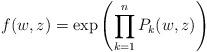
LaTeX: \begin{align*} f(w,z)=\exp\left(\prod_{k=1}^nP_k(w,z)\right) \end{align*}